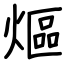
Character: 熰